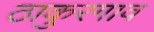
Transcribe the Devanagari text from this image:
ठाकुरगाव